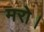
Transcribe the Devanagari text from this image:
मरो।